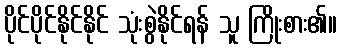
ပိုင်ပိုင်နိုင်နိုင် သုံးစွဲနိုင်ရန် သူ ကြိုးစား၏။